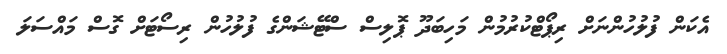
އެކަން ފުލުހުންނަށް ރިޕޯޓްކުރުމުން މަހިބަދޫ ޕޮލިސް ސްޓޭޝަންގެ ފުލުހުން ރިސޯޓަށް ގޮސް މައްސަލަ